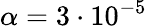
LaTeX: \alpha=3\cdot 10^{-5}